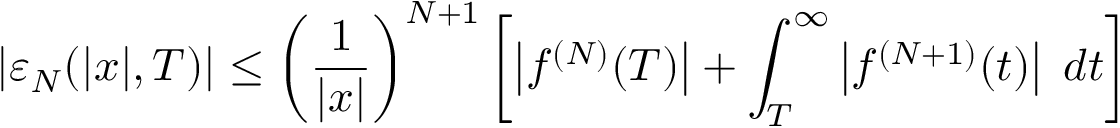
\lvert \varepsilon _ { N } ( \lvert x \rvert , T ) \rvert \le \left( \frac { 1 } { \lvert x \rvert } \right) ^ { N + 1 } \left[ \left\lvert f ^ { ( N ) } ( T ) \right\rvert + \int _ { T } ^ { \infty } \left| f ^ { ( N + 1 ) } ( t ) \right| \; d t \right]